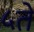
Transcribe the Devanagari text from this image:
५ते